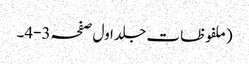
(ملفوظات جلد اول صفحہ3-4۔